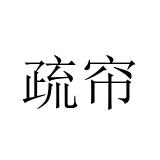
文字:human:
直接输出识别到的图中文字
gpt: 疏帘